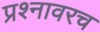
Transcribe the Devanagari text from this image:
प्रश्नावरच